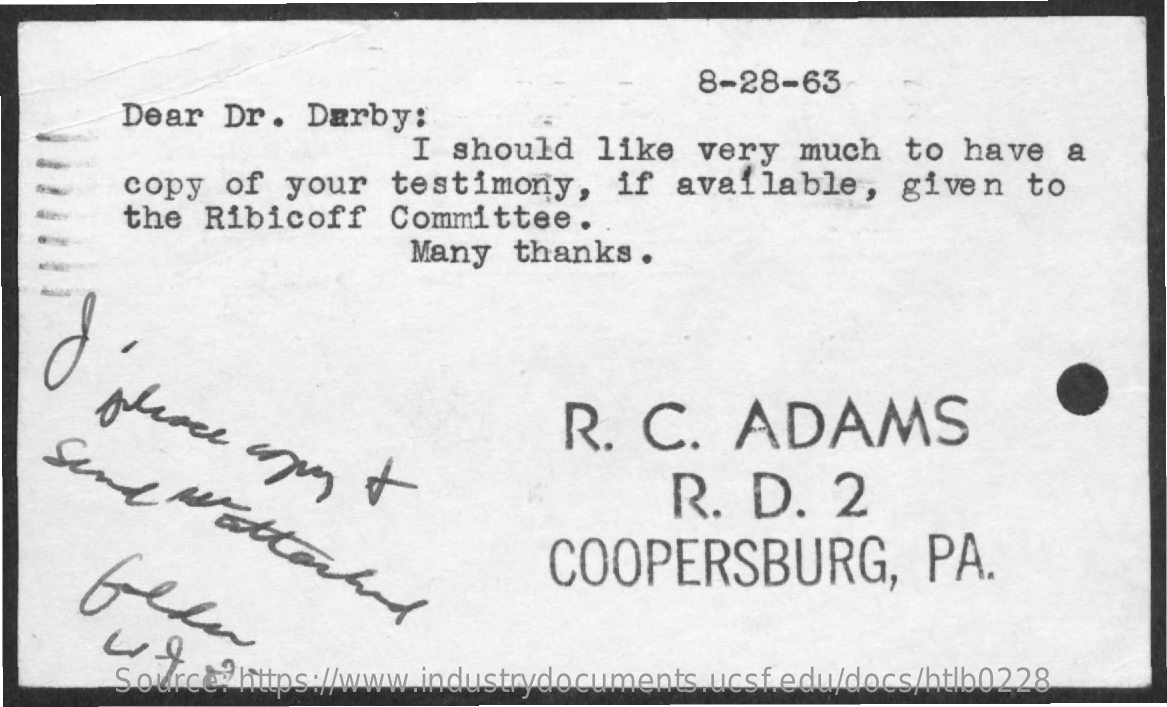
8-28-63
     Dear  Dr.  Darby:
     I  should   like  very  much   to  have   a
     copy  of  your   testimony,    if  available,    given   to
     the  Ribicoff    Committee.
     Many   thanks  .
     glioce
     aguy    + Send
     "
     attached
     R.  C.    ADAMS
     R.  D.    2
     COOPERSBURG,    PA.
     Source: https://www.industrydocuments.ucsf.edu/docs/htlb0228